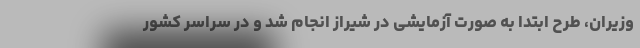
وزیران، طرح ابتدا به صورت آزمایشی در شیراز انجام شد و در سراسر کشور